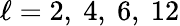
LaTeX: \ell=2,\ 4,\ 6,\ 12